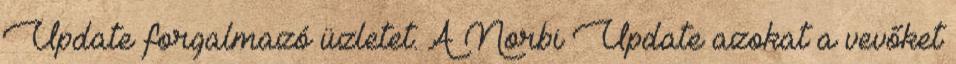
Update forgalmazó üzletet. A Norbi Update azokat a vevőket